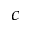
_ { c }